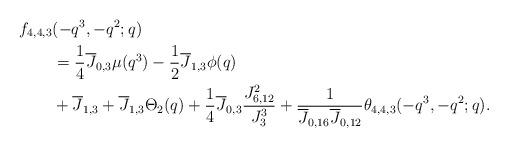
LaTeX: \begin{align*} f_{4,4,3}&(-q^3,-q^2;q)\\ &=\frac{1}{4}\overline{J}_{0,3}\mu(q^3) -\frac{1}{2}\overline{J}_{1,3}\phi(q)\\ &+\overline{J}_{1,3} +\overline{J}_{1,3}\Theta_{2}(q) +\frac{1}{4}\overline{J}_{0,3}\frac{J_{6,12}^2}{J_{3}^3} +\frac{1}{\overline{J}_{0,16}\overline{J}_{0,12}}\theta_{4,4,3}(-q^3,-q^2;q).\end{align*}